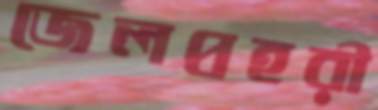
জেলপ্রহরী